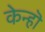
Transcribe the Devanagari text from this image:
केन्हॊ